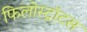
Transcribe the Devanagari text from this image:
फिलोस्ट्रॉटस